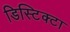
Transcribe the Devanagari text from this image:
डिस्टिक्टा